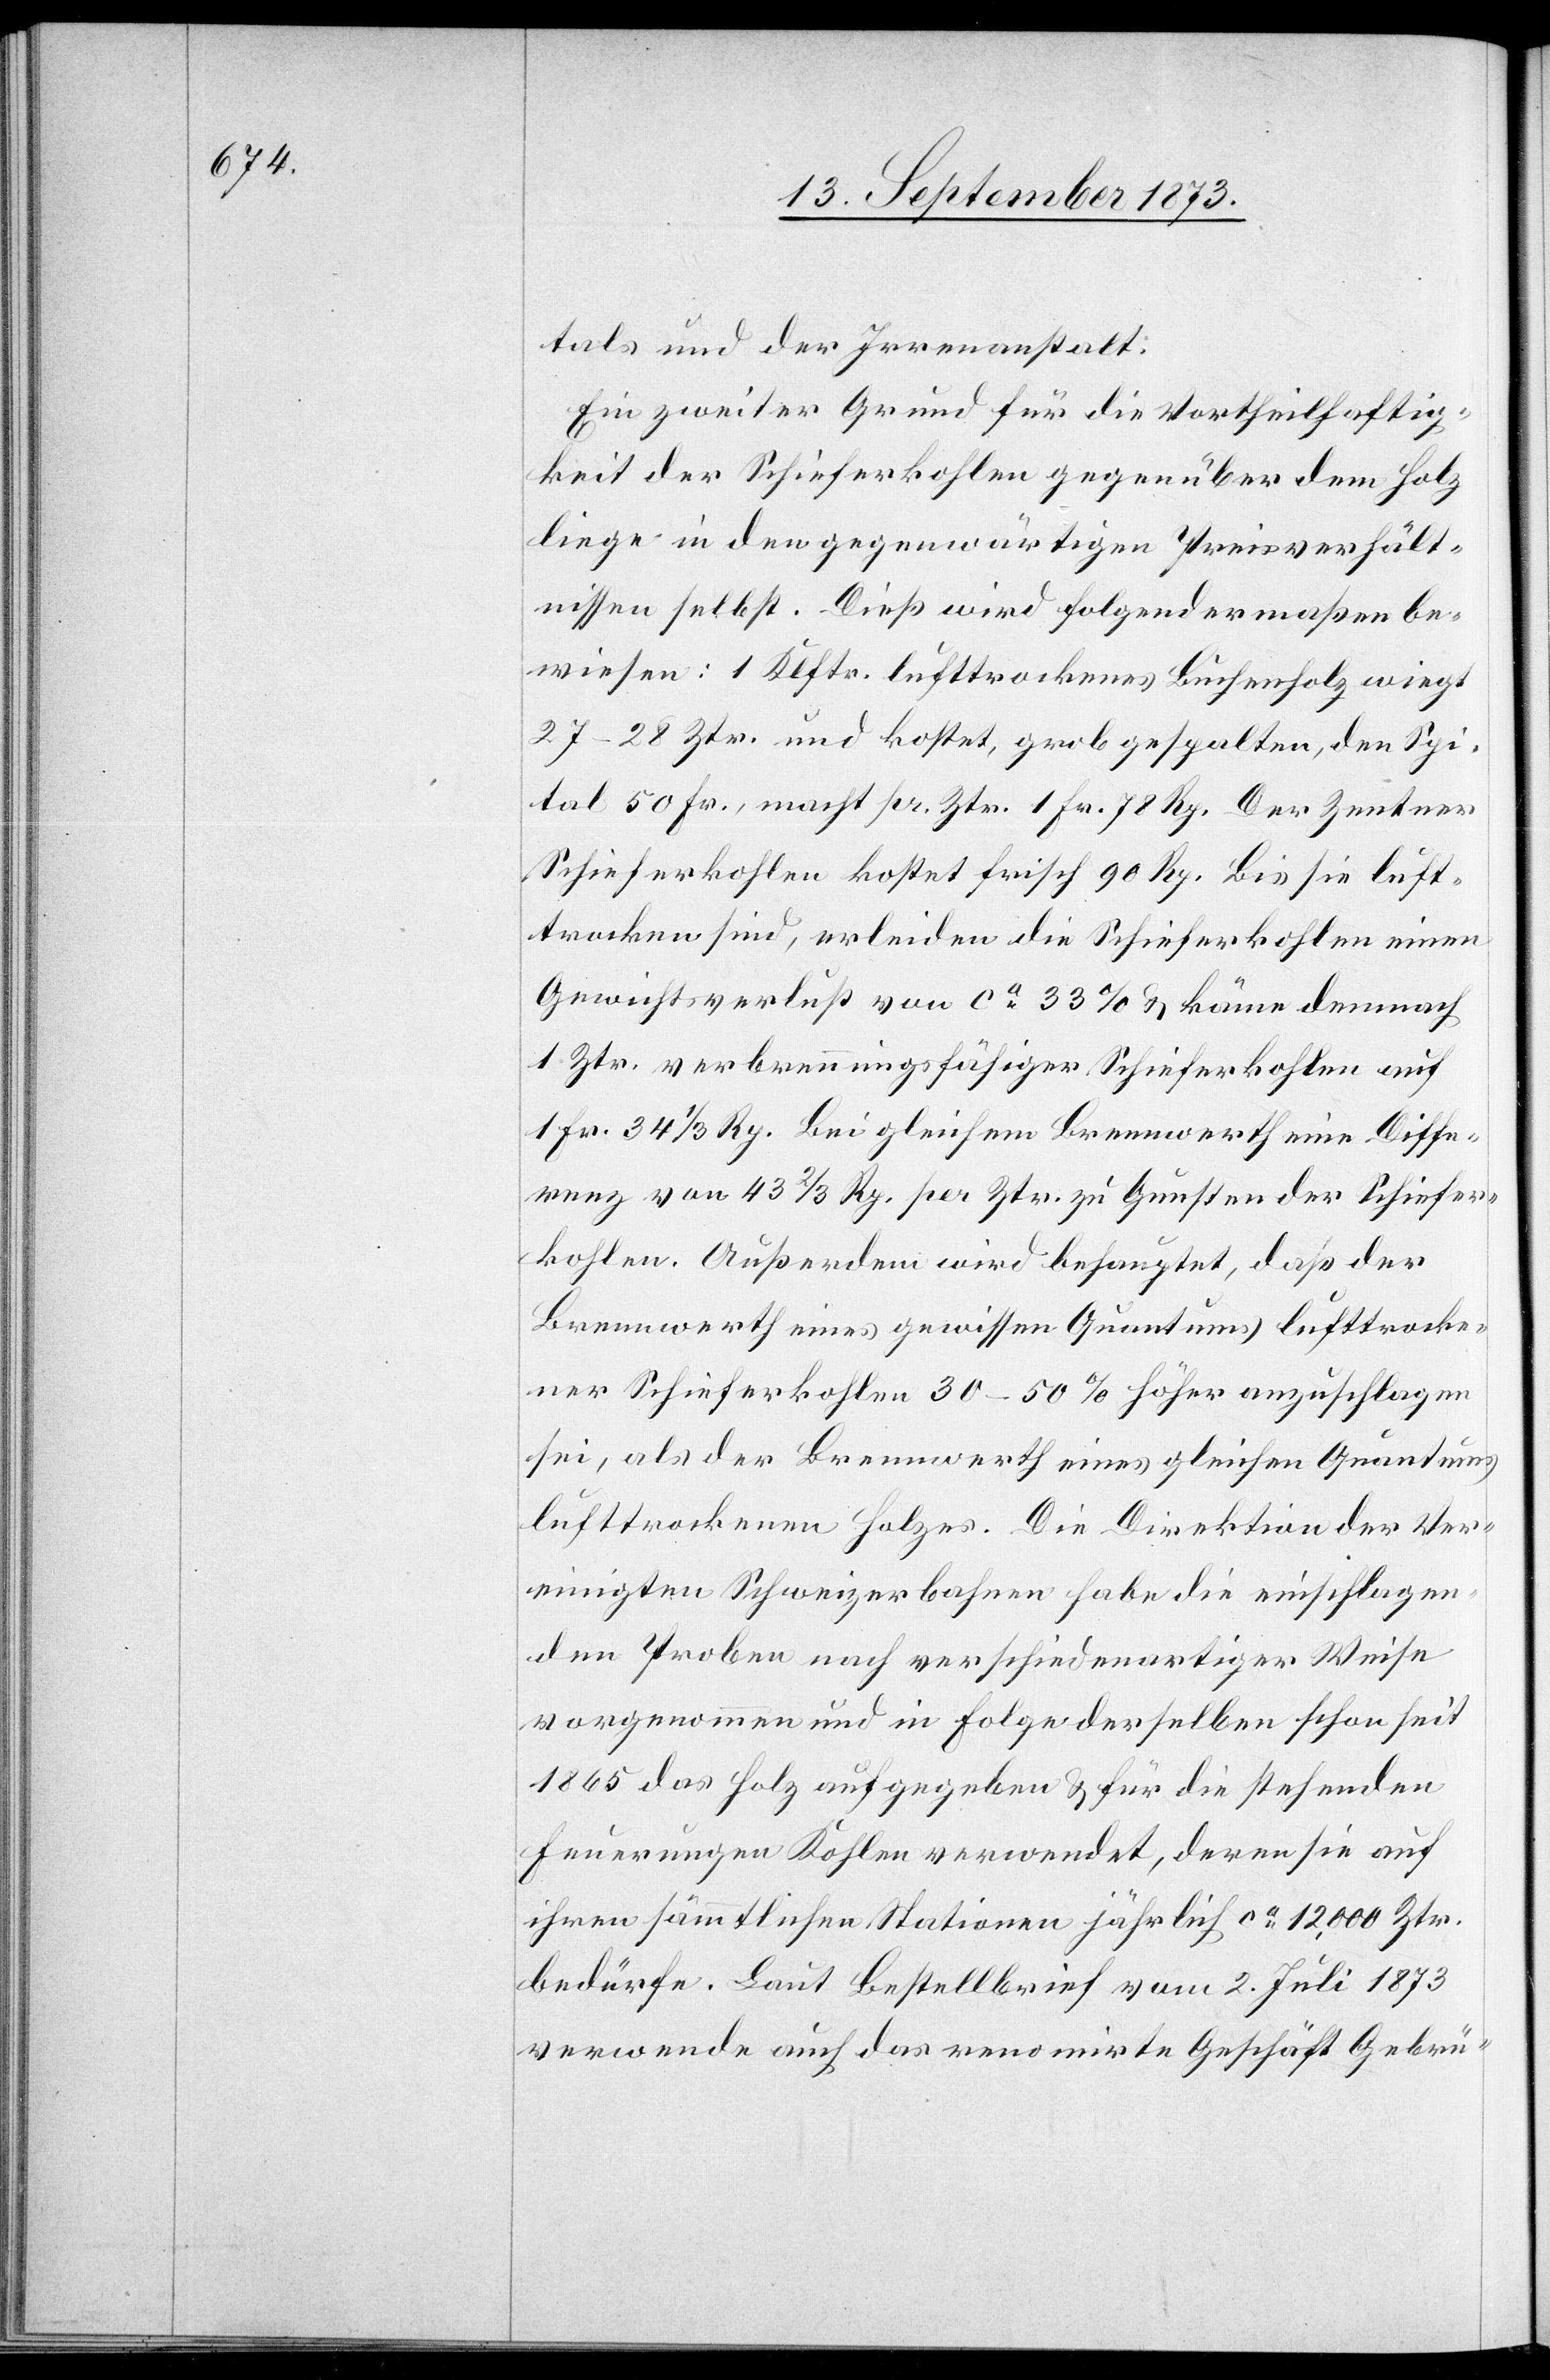
tals und der Irrenanstalt.
Ein zweiter Grund für die Vortheilhaftig¬
keit der Schieferkohlen gegenüber dem Holz
liege in den gegenwärtigen Preisverhält¬
nissen selbst. Dieß wird folgendermaßen be¬
wiesen: 1 Klftr. lufttrockenes Buchenholz wiegt
27–28 Ztr. und kostet, grob gespalten, den Spi¬
tal 50 Fr., macht pr. Ztr. 1 Fr. 78 Rp. Der Zentner
Schieferkohlen kostet frisch 90 Rp. Bis sie luft¬
trocken sind, erleiden die Schieferkohlen einen
Gewichtsverlust von ca 33% & käme demnach
1 Ztr. verbrennungsfähiger Schieferkohlen auf
1 Fr. 34 1/3 Rp. Bei gleichem Brennwerth eine Diffe¬
renz von 43 2/3 Rp. per Ztr. zu Gunsten der Schiefer¬
kohlen. Außerdem wird behauptet, daß der
Brennwerth eines gewissen Quantums lufttrocke¬
ner Schieferkohlen 30–50% höher anzuschlagen
sei, als der Brennwerth eines gleichen Quantums
lufttrockenen Holzes. Die Direktion der Ver¬
einigten Schweizerbahnen habe die einschlagen¬
den Proben nach verschiedenartiger Weise
vorgenommen und in Folge derselben schon seit
1865 das Holz aufgegeben & für die stehenden
Feuerungen Kohlen verwendet, deren sie auf
ihren sämmtlichen Stationen jährlich ca 12,000 Ztr.
bedürfe. Laut Bestellbrief vom 2. Juli 1873
verwende auch das renomirte Geschäft Gebrü-